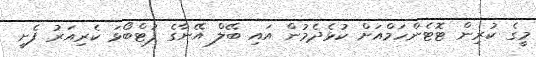
މީގެ ކުރިން ޓޮޓެންހަމްއަށް ކުޅެދެމުން އައި ބޭލް އޭނާގެ ފުޓްބޯޅަ ކެރިއަރު ފެށީ